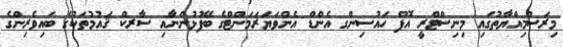
މިރަސްމިއްޔާތުގައި މިނިސްޓްރީ އޮފް ހައުސިންގ އެންޑް އެންވަޔަރަމަންޓްގެ ބޭފުޅުންނާއި ސާރކް ޤައުމުތަކުގެ ބައިވެރިންގެ